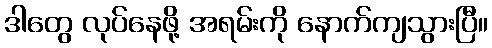
ဒါတွေ လုပ်နေဖို့ အရမ်းကို နောက်ကျသွားပြီ။